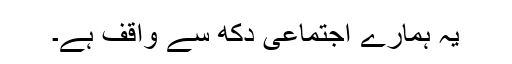
یہ ہمارے اجتماعی دکھ سے واقف ہے۔